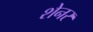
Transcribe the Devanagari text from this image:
शेनर